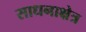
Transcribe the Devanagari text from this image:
साधनाक्षेत्र